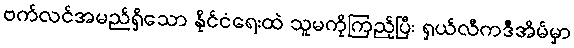
ဗက်လင်အမည်ရှိသော နိုင်ငံရေးထဲ သူမကိုကြည့်ပြီး ရှယ်လီကဒီအိမ်မှာ